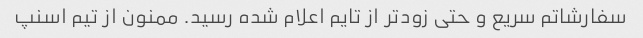
سفارشاتم سریع و حتی زودتر از تایم اعلام شده رسید. ممنون از تیم اسنپ